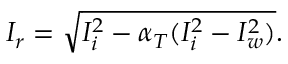
I _ { r } = \sqrt { I _ { i } ^ { 2 } - \alpha _ { T } ( I _ { i } ^ { 2 } - I _ { w } ^ { 2 } ) } .